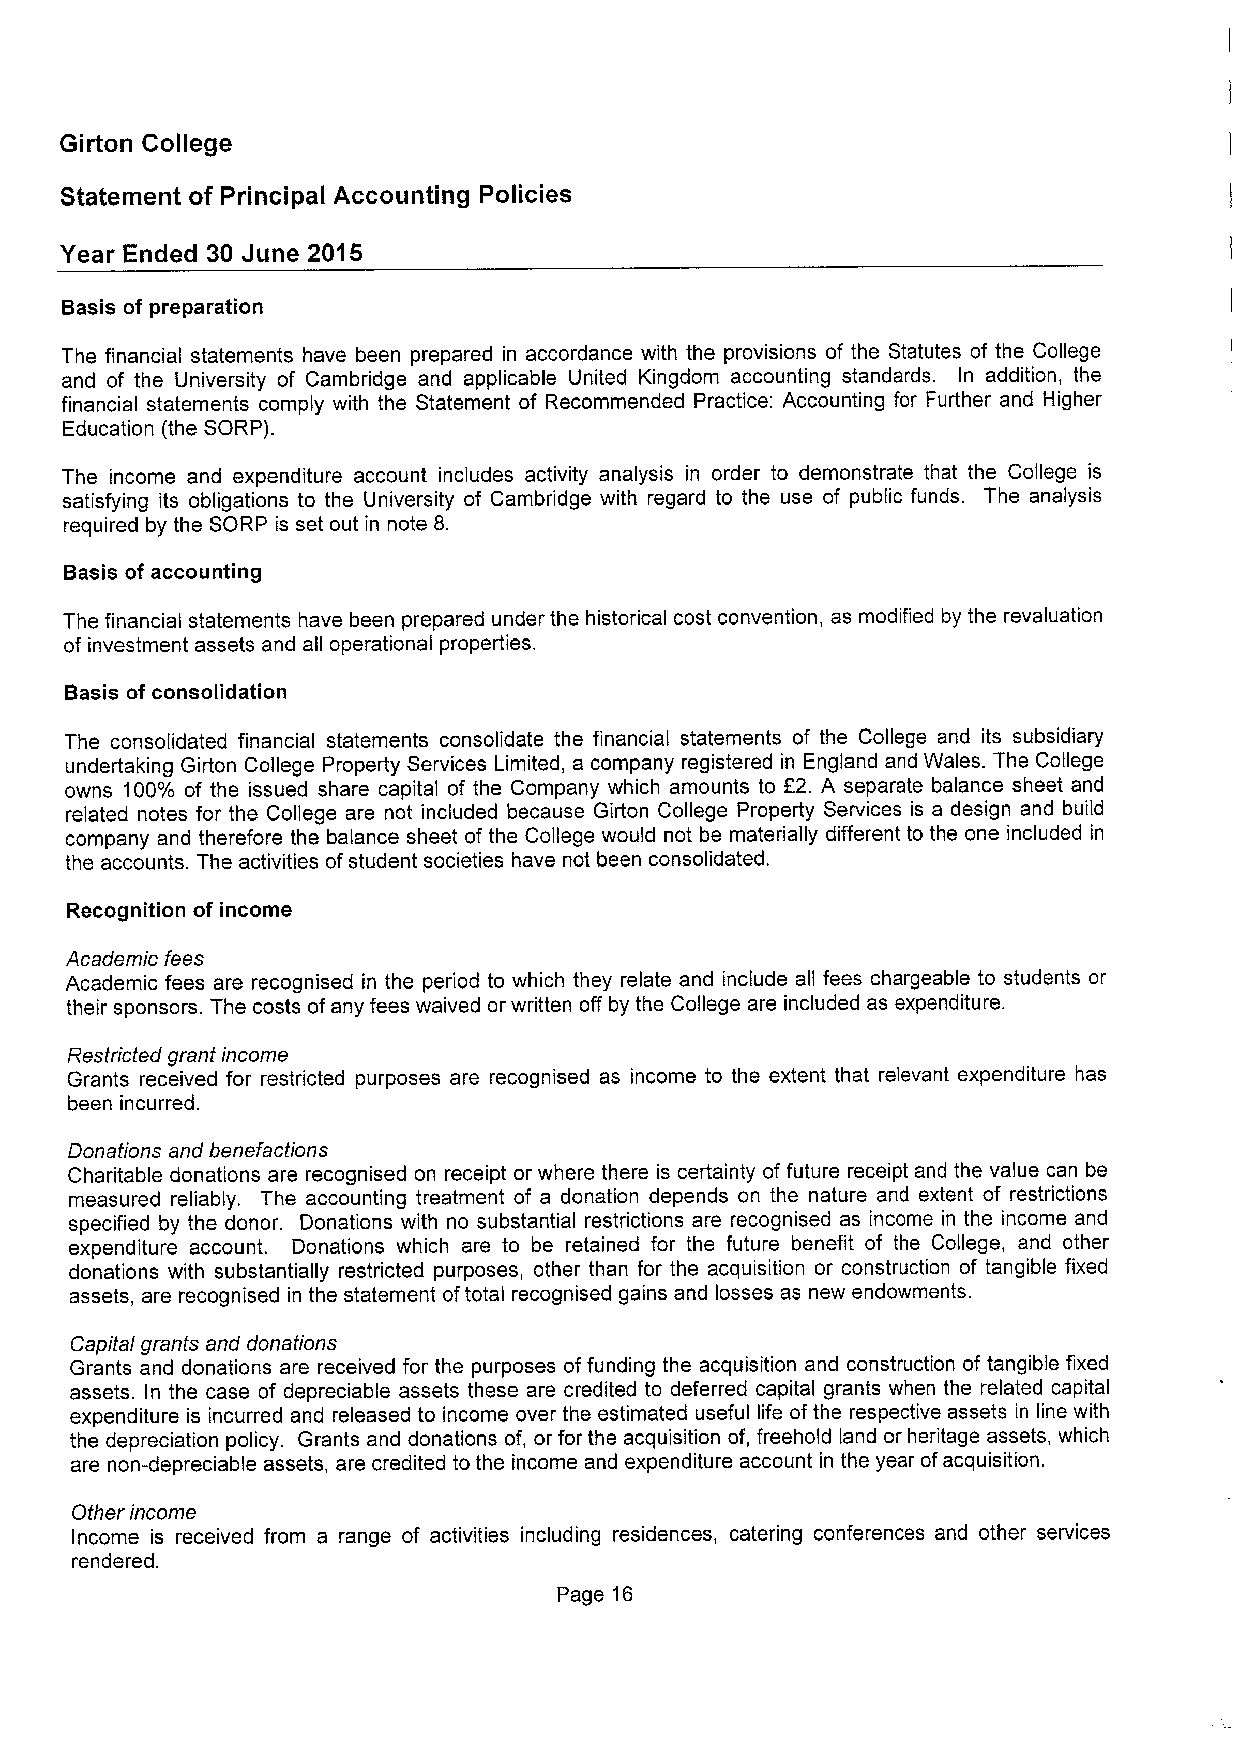
Girton College
 Statement of Principal Accounting Policies
 Year Ended 30 June 2015
 Basis of preparation
 The financial statements have been prepared in accordance with the provisions of the Statutes of the College
 and of the University of Cambridge and applicable United Kingdom accounting standards. In addition, the
 financial statements comply with the Statement of Recommended Practice: Accounting for Further and Higher
 Education (the SORP).
 The income and expenditure account includes activity analysis in order to demonstrate that the College is
 satisfying its obligations to the University of Cambridge with regard to the use of public funds. The analysis
 required by the SORP is set out in note 8.
 Basis of accounting
 The financial statements have been prepared under the historical cost convention, as modified by the revaluation
 of investment assets and all operational properties.
 Basis of consolidation
 The consolidated financial statements consolidate the financial statements of the College and its subsidiary
 undertaking Girton College Property Services Limited, a company registered in England and Wales. The College
 owns 100% of the issued share capital of the Company which amounts to E2. A separate balance sheet and
 related notes for the College are not included because Girton College Property Services is a design and build
 company and therefore the balance sheet of the College would not be materially different to the one included in
 the accounts. The activities ofstudent societies have not been consolidated,
 Recognition of income
 Academic fees
 Academic fees are recognised in the period to which they relate and include all fees chargeable to students or
 their sponsors. The costs ofany fees waived or written off by the College are included as expenditure.
 Restricted grant income
 Grants received for restricted purposes are recognised as income to the extent that relevant expenditure has
 been incurred.
 Donations and benefactions
 Charitable donations are recognised on receipt or where there is certainty of future receipt and the value can be
 measured reliably. The accounting treatment of a donation depends on the nature and extent of restrictions
 specified by the donor. Donations with no substantial restrictions are recognised as income in the income and
 expenditure account. Donations which are to be retained for the future benefit of the College, and other
 donations with substantially restricted purposes, other than for the acquisition or construction of tangible fixed
 assets, are recognised in the statement oftotal recognised gains and losses as new endowments.
 Capital grants and donations
 Grants and donations are received for the purposes offunding the acquisition and construction of tangible fixed
 assets. In the case of depreciable assets these are credited to deferred capital grants when the related capital
 expenditure is incurred and released to income over the estimated useful life ofthe respective assets in line with
 the depreciation policy. Grants and donations of, or for the acquisition of, freehold land or heritage assets, which
 are non-depreciable assets, are credited to the income and expenditure account in the year ofacquisition.
 Other income
 Income is received from a range of activities including residences, catering conferences and other services
 rendered.
 Page 16